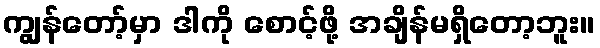
ကျွန်တော့်မှာ ဒါကို စောင့်ဖို့ အချိန်မရှိတော့ဘူး။